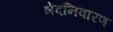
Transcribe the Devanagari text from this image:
भेदनिवारण